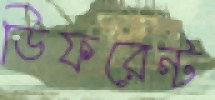
ডিফরেন্ট